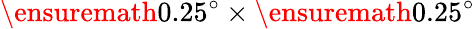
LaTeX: \ensuremath{0.25^{\circ}}\times\ensuremath{0.25^{\circ}}